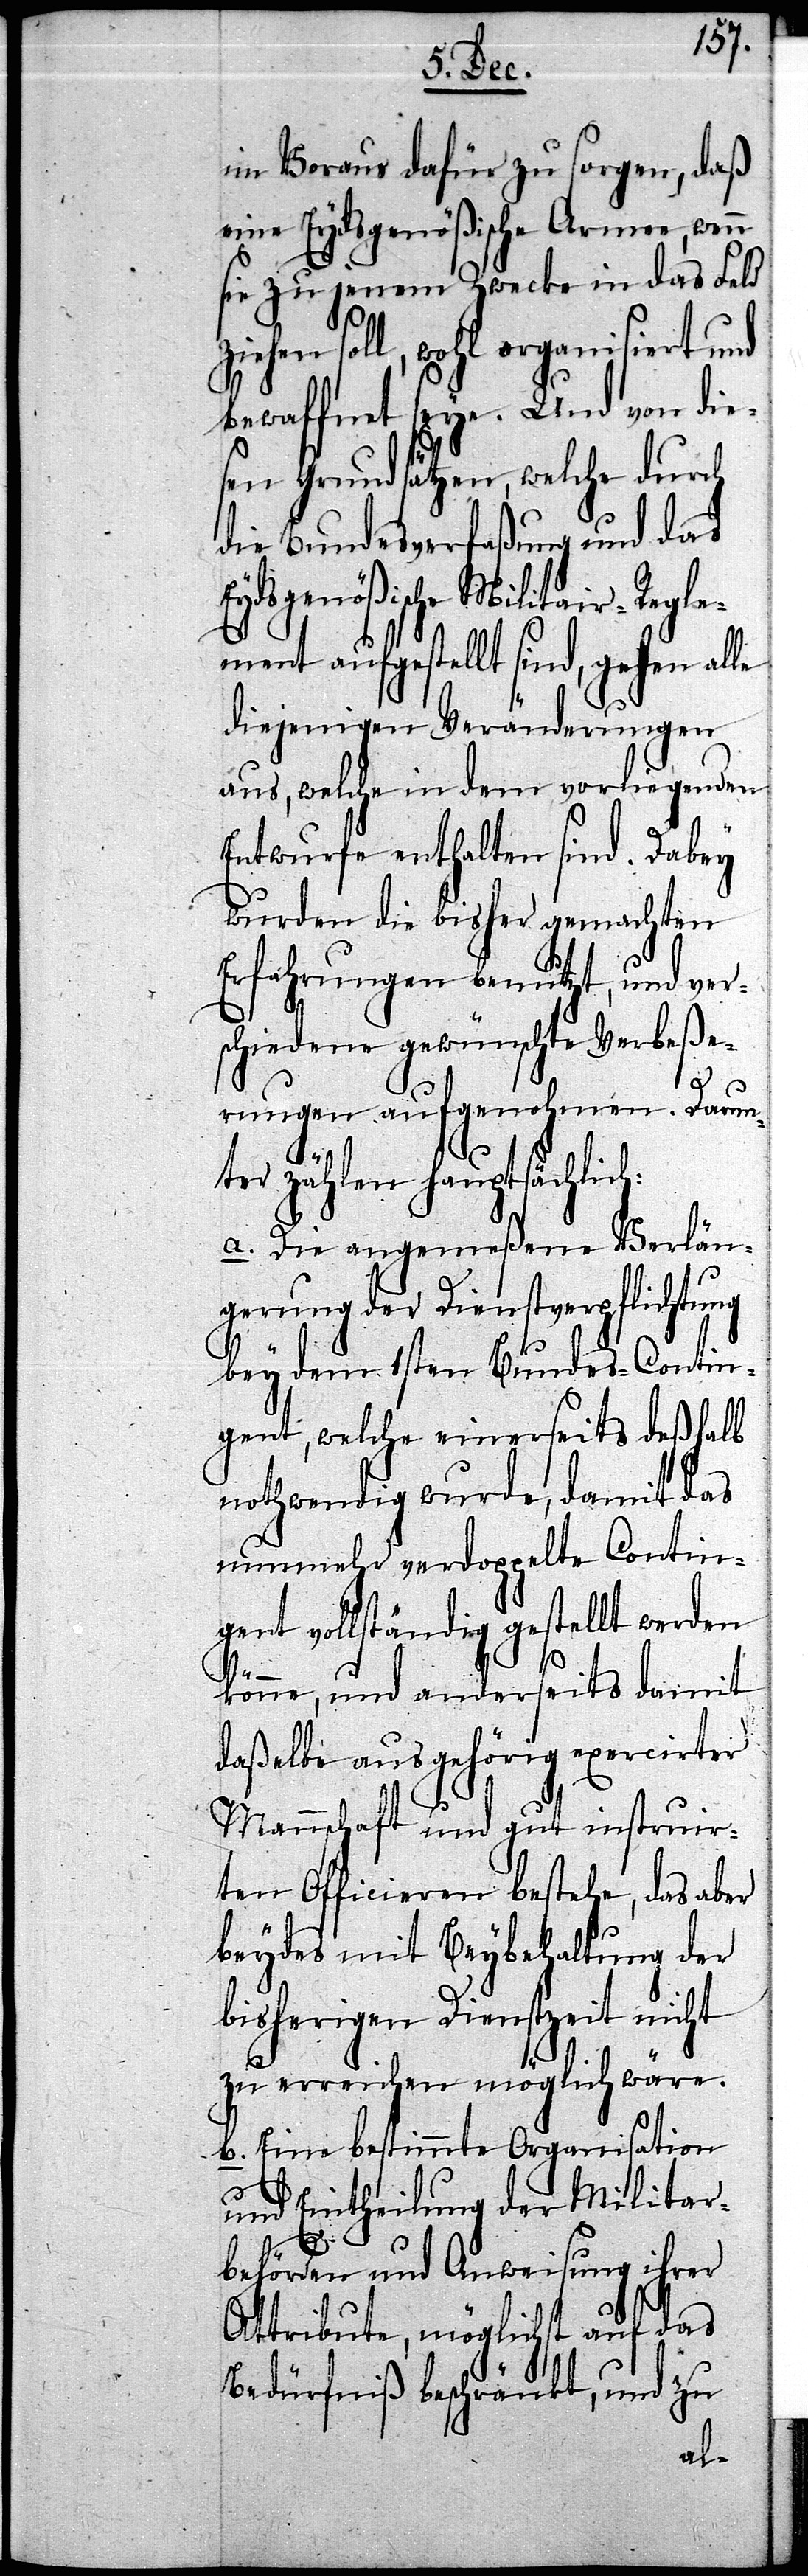
im Voraus dafür zu sorgen, daß
eine Eydsgenößische Armee, wenn
sie zu jenem Zwecke in das Feld
soll, wohl organisiert und
bewaffnet seye. Und von die¬
sen Grundsätzen, welche durch
die Bundesverfaßung und das
Eydsgenößische Militair-Regle¬
ment aufgestellt sind, gehen alle
diejenigen Veränderungen
aus, welche in dem vorliegenden
Entwurfe enthalten sind. Dabey
wurden die bisher gemachten
Erfahrungen benutzt, und ver¬
schiedene gewünschte Verbeße¬
rungen aufgenohmen. Darun¬
ter zählen hauptsächlich:
a. Die angemeßene Verlän¬
gerung der Dienstverpflichtung
bey dem 1sten Bundes-Contin¬
gent, welche einerseits deßhalb
nothwendig wurde, damit das
nunmehr verdoppelte Contin¬
gent vollständig gestellt werden
könne, und anderseits damit
daßelbe aus gehörig exercirter
Mannschaft und gut instruir¬
ten Officieren bestehe, daß aber
beydes mit Beybehaltung der
bisherigen Dienstzeit nicht
zu erreichen möglich wäre.
b. Eine bestimmte Organisation
und Eintheilung der Militar¬
behörden und Anweisung ihrer
Attribute, möglichst auf das
Bedürfniß beschränkt, und zu